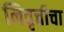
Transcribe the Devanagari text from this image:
निवृत्तीचा